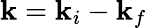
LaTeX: {\mathbf k}={\mathbf k_{i}}-{\mathbf k_{f}}